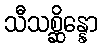
သီသစ္ဆိန္နော